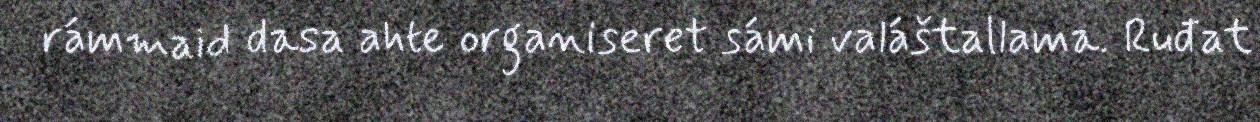
rámmaid dasa ahte organiseret sámi valáštallama. Ruđat